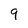
Character: 9